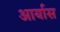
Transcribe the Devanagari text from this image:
आर्यास